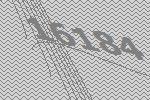
16184